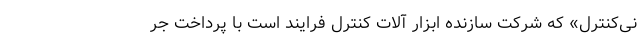
نی‌کنترل» که شرکت سازنده ابزار آلات کنترل فرایند است با پرداخت جر